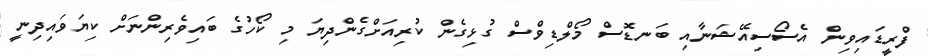
ފްރީޑައިވިން އެސޯސިއޭޝަނާއި ބަނޑޮސް މޯލްޑިވްސް ގުޅިގެން ކުރިއަށްގެންދިޔަ މި ކޯހުގެ ބައިވެރިންނަށް ކިޔަވައިދިނީ